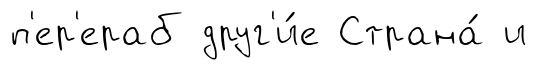
п'ер'ераб друг'и́е Страна́ и